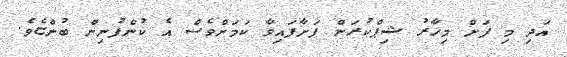
އަދި މި ފަށް މިހާރު ޝިޕްކުރަން ފަށާފައިވާ ކަމަށްވެސް އެ ކުންފުނިން ބުންޏެވެ.